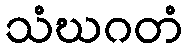
သံဃဂတံ